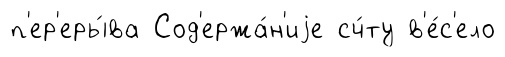
п'ер'еры́ва Сод'ержа́н'иjе сч́ту в'е́с'ело